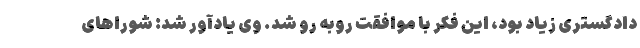
دادگستری زیاد بود، این فکر با موافقت روبه رو شد. وی یادآور شد: شوراهای